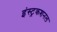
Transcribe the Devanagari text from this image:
इंस्ट्रकशनल